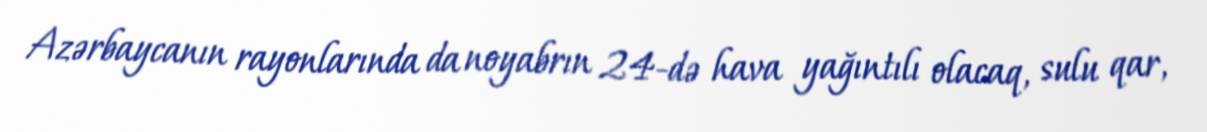
Azərbaycanın rayonlarında da noyabrın 24-də hava yağıntılı olacaq, sulu qar,